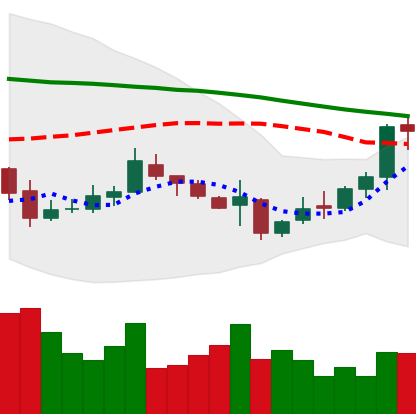
Ticker: XMR-USD
Chart end date: 2018-11-05
Forward return: -5.478%
Label: down_5_7